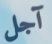
آجل